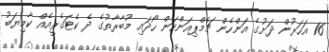
16 އަހަރުން ދަށުގެ އަންހެން ޗެމްޕިއަންކަން ހޯދައި މުބާރާތުގެ ދެ ކެޓަގެރީއެއް ކާމިޔަބު